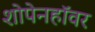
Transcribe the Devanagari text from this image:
शोपेनहॉवर